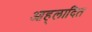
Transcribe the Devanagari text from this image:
आह्‌लादित